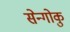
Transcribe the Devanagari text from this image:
सेन्गोकु